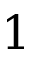
1